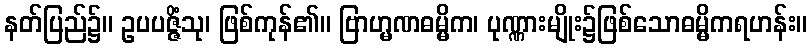
နတ်ပြည်၌။ ဥပပဇ္ဇိံသု၊ ဖြစ်ကုန်၏။ ဗြာဟ္မဏဓမ္မိက၊ ပုဏ္ဏားမျိုး၌ဖြစ်သောဓမ္မိကရဟန်း။